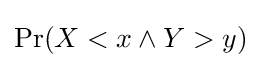
\Pr(X<x\land Y>y)